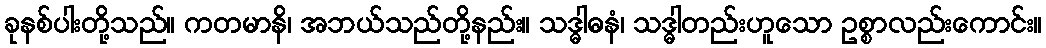
ခုနစ်ပါးတို့သည်။ ကတမာနိ၊ အဘယ်သည်တို့နည်း။ သဒ္ဓါဓနံ၊ သဒ္ဓါတည်းဟူသော ဥစ္စာလည်းကောင်း။